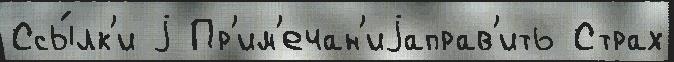
Ссы́лк'и j Пр'им'ечан'иjаправ'ить Страх